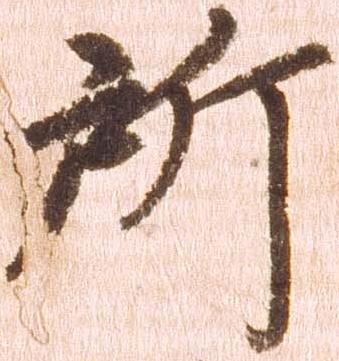
所